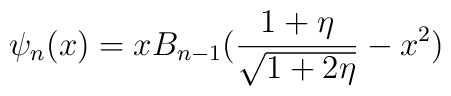
\psi_{n}(x)=xB_{n-1}({1+\eta\over\sqrt{1+2\eta}}-x^{2})